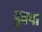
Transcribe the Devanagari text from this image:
ड्रुक्पा